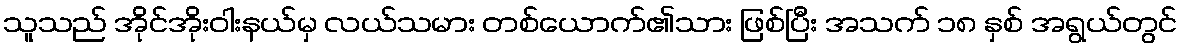
သူသည် အိုင်အိုးဝါးနယ်မှ လယ်သမား တစ်ယောက်၏သား ဖြစ်ပြီး အသက် ၁၈ နှစ် အရွယ်တွင်